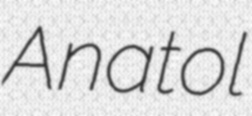
Anatol